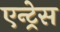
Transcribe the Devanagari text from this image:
एन्ट्रेस